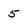
Character: 5